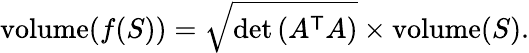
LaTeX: \operatorname{volume}(f(S))={\sqrt{\operatorname*{det}\left(A^{\textsf{T}}A\right)}}\times\operatorname{volume}(S).